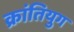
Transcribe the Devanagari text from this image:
क्रांतियुग